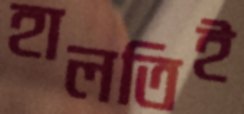
হালতিই